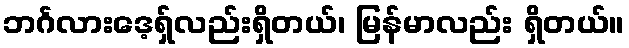
ဘင်္ဂလားဒေ့ရှ်လည်းရှိတယ်၊ မြန်မာလည်း ရှိတယ်။